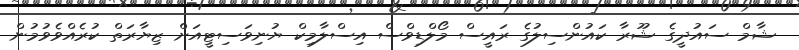
ޝާމް ސައުދީގެ ޝޫރާ ކައުންސިލުގެ ރައީސް މޯލްޑިވްސް އިސްލާމިކް ޔުނިވަސިޓީއަށް ޒިޔާރަތް ކުރެއްވެވުމުން